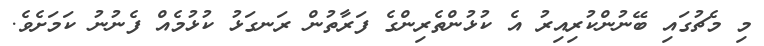
މި މެޗުގައި ބޭނުންކުރިއިރު އެ ކުޅުންތެރިންގެ ފަރާތުން ރަނގަޅު ކުޅުމެއް ފެނުނު ކަމަށެވެ.